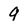
Character: 9